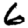
Digit: 6